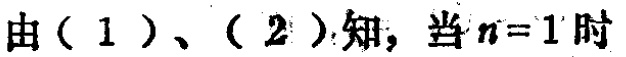
由（1）、（2）知，当\(n = 1\)时